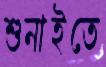
শুনাইতে